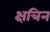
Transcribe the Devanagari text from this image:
क्षत्रिन